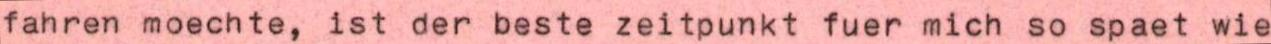
fahren moechte, ist der beste zeitpunkt fuer mich so spaet wie